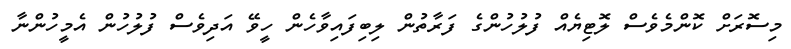
މިސޮރަށް ކޮންމެވެސް ލޮޓިޔެއް ފުލުހުންގެ ފަރާތުން ލިބިފައިވާހެން ހީވޭ އަދިވެސް ފުލުހުން އެމީހުންނާ